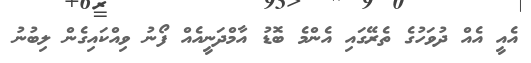
އެއީ އެއް ދުވަހުގެ ތެރޭގައި އެންމެ ބޮޑު އާމްދަނީއެއް ފޯނު ވިއްކައިގެން ލިބުނު